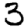
Digit: 3